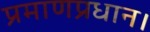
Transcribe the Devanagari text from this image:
प्रमाणप्रधान।